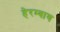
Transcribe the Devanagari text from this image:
हेरम्बाय